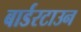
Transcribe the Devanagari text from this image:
बार्डरटाउन